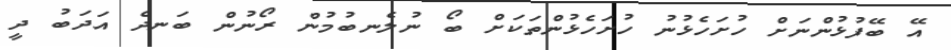
އޭ ބޭފުޅުންނަށް ހުށަހެޅުނު ހުށަހެޅުންތަކަށް ބޯ ނުލެނބުމުން ރޯނުން ބަނދެ އަދަބު ދީ